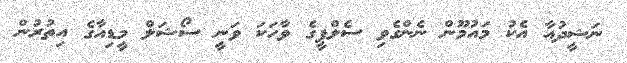
ނަޝީދުއާ އެކު މައުމޫން ނެންގެވި ސެލްފީގެ ވާހަކަ ވަނީ ސޯޝަލް މީޑިއާގެ އިތުރުން